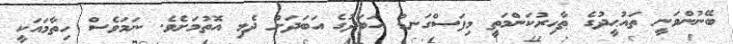
ބޭނުންވަނީ ތައުޙީދުގެ ޠާހިރުކަންމަތީ މިފަސްގަނޑު އަބަދުގެ އަބަަދަށް ދެމި އޮތުމަށެވެ. ނަމަވެސް ހިތާމައަކީ